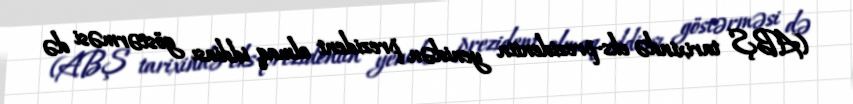
(ABŞ tarixində eks-prezidentin yenidən prezident olmaq iddiası göstərməsi də